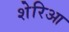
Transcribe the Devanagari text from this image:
शेरिआ